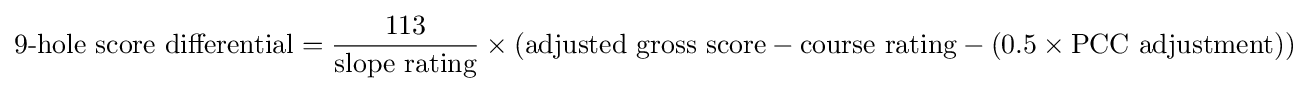
{\mbox{9-hole score differential}}={\frac {\mbox{113}}{\mbox{slope rating}}}\times ({\mbox{adjusted gross score}}-{\mbox{course rating}}-({\mbox{0.5}}\times {\mbox{PCC adjustment}}))